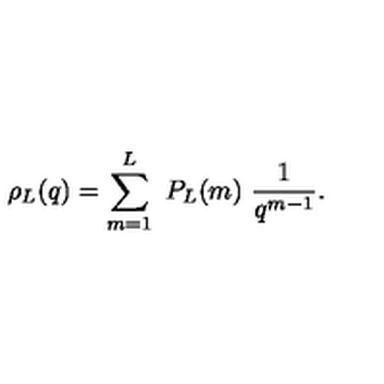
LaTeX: \rho _ { L } ( q ) = \sum _ { m = 1 } ^ { L } \ P _ { L } ( m ) \ { \frac { 1 } { q ^ { m - 1 } } } .